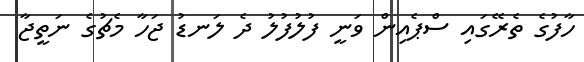
ހާފުގެ ތެރޭގައި ސްޕެއިން ވަނީ ފުލުފުލު ދެ ލަނޑު ޖަހާ މެޗުގެ ނަތީޖާ